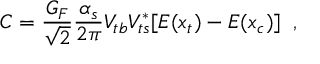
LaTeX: C = \frac { G _ { F } } { \sqrt { 2 } } \frac { \alpha _ { s } } { 2 \pi } V _ { t b } V _ { t s } ^ { * } [ E ( x _ { t } ) - E ( x _ { c } ) ] \; \; ,